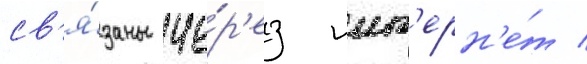
св'я́заны че́р'ез инт'ерн'е́т /